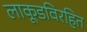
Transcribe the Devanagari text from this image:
लाकूडविरहित